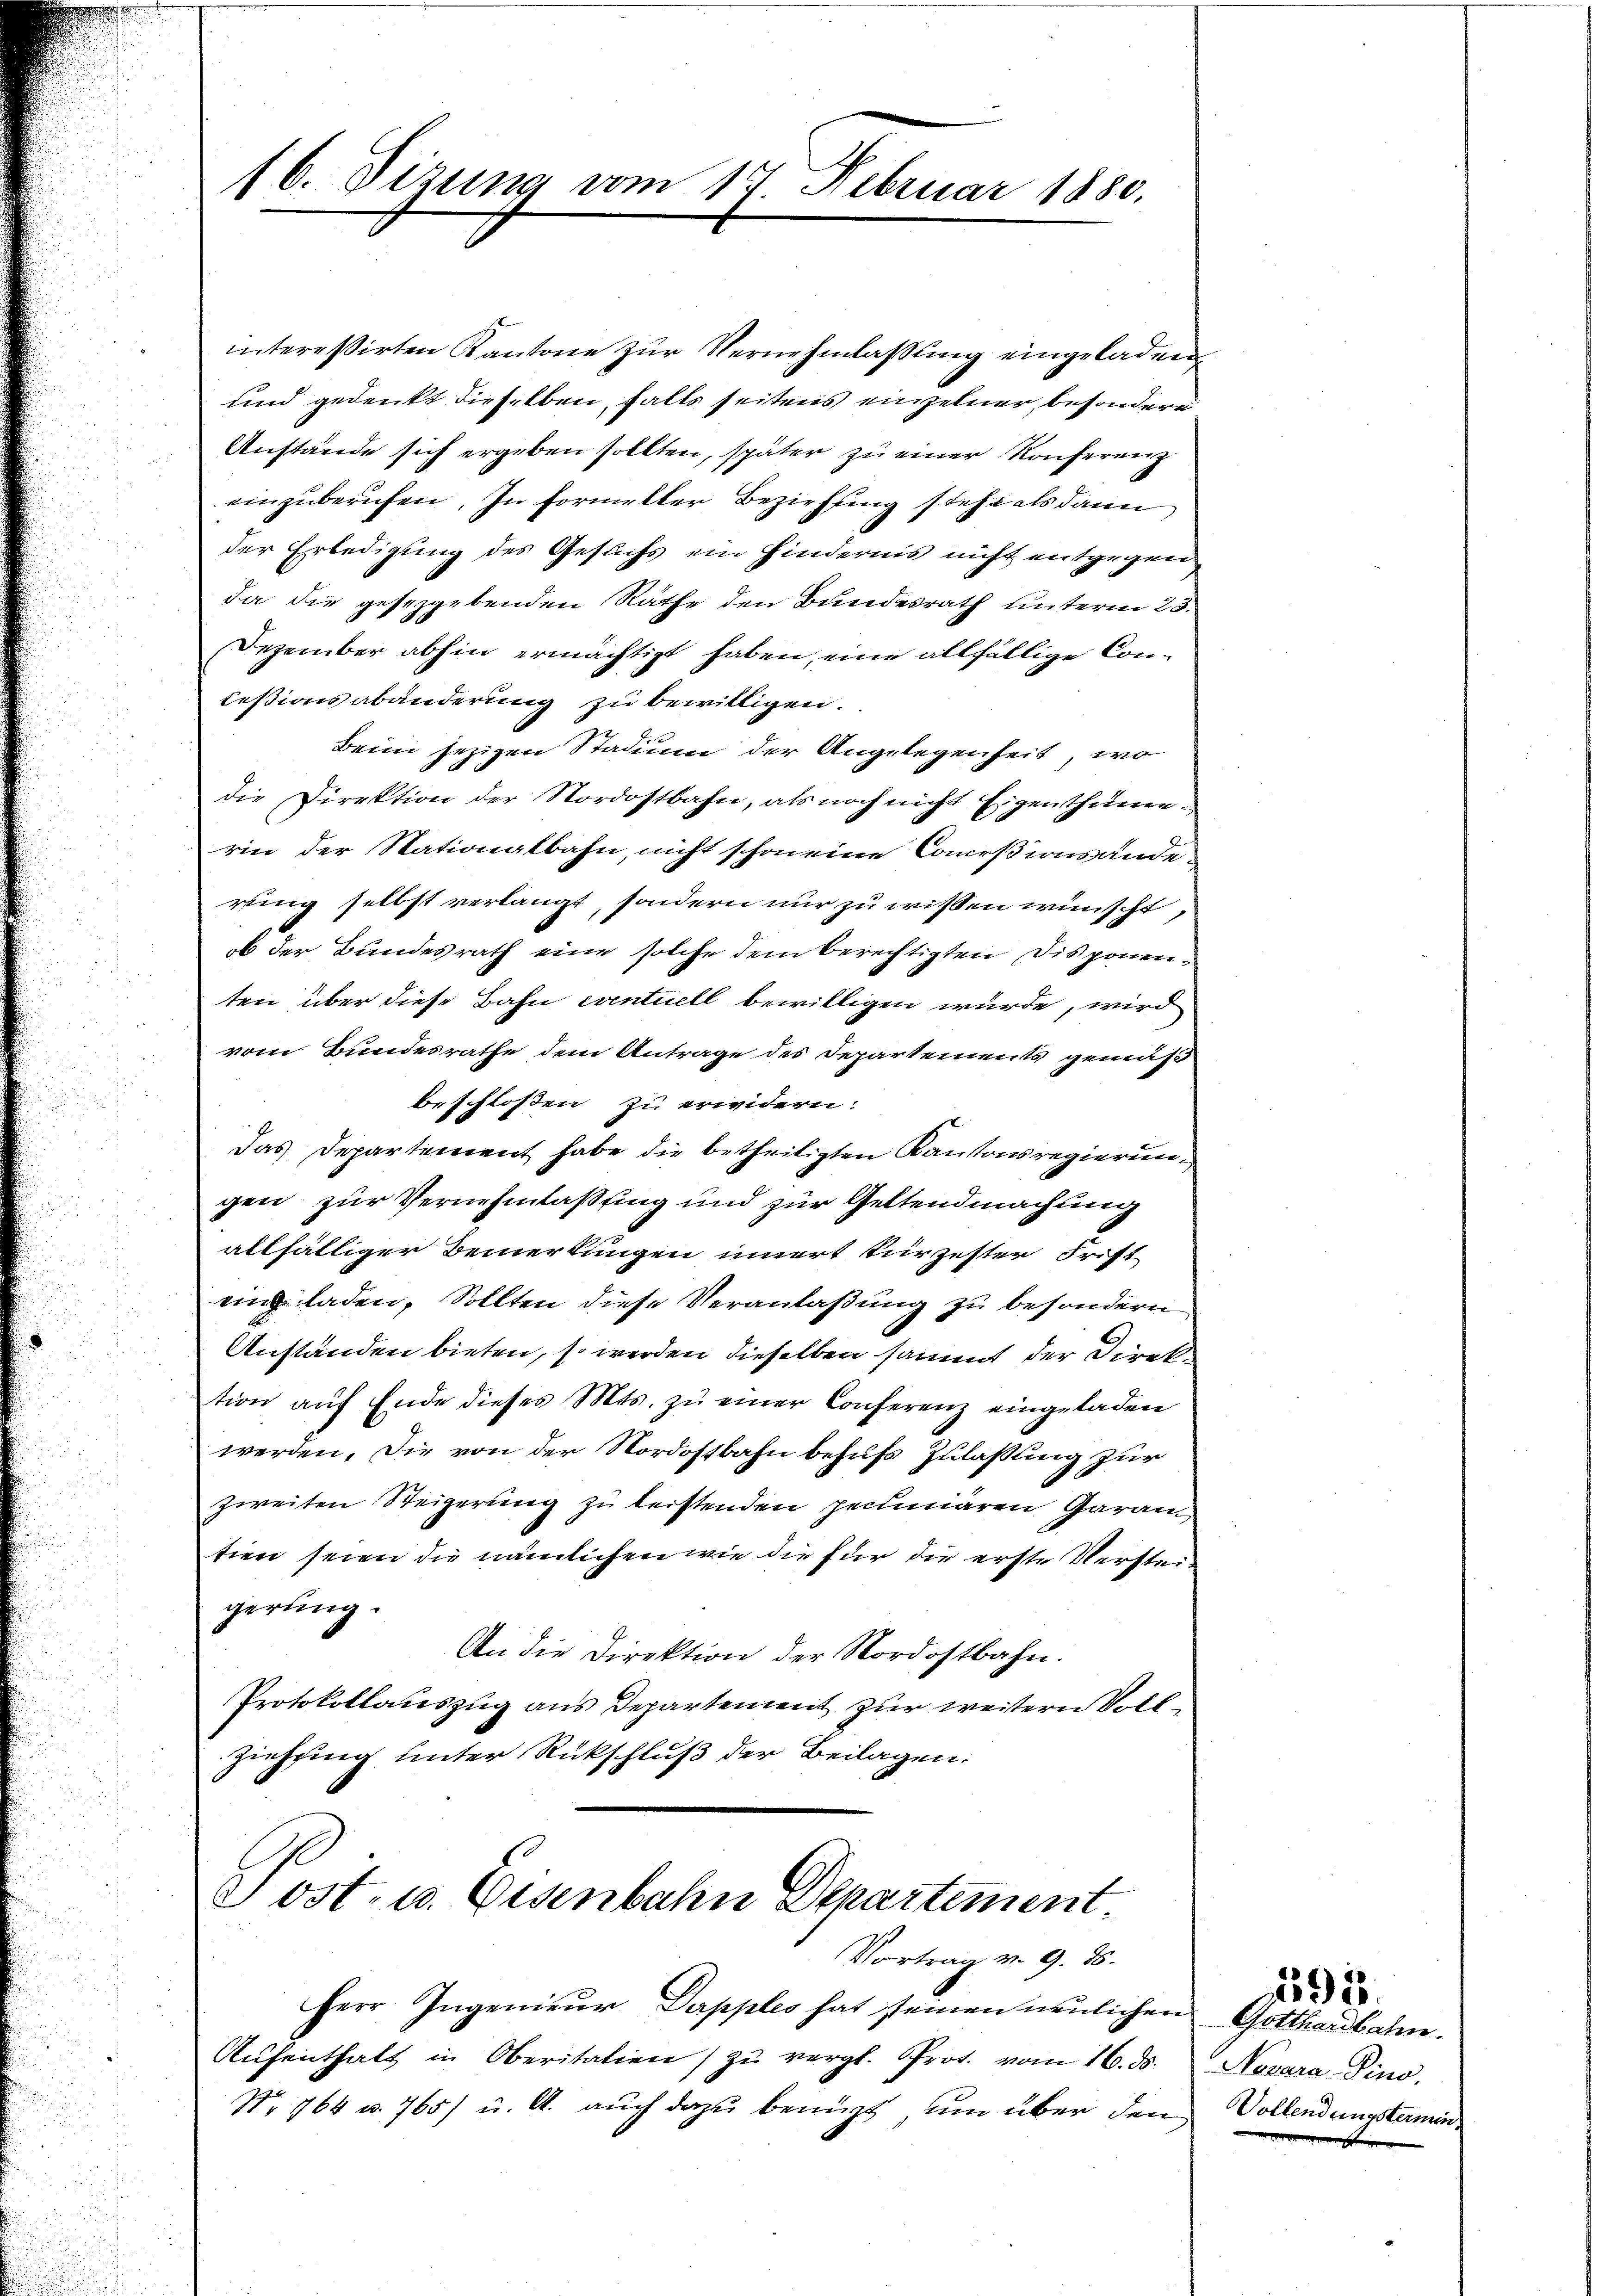
16. Sizung vom 17. Februar 1880.

interessirten Kantone zŭr Vernehmlassung eingeladen,
und gedenkt dieselben, falls seitens einzelner, besondere
Anstände sich ergeben sollten, später zu einer Konferenz
einzuberufen. In Formeller Bezirkung stehe als dann
der Erledigung des Gesuchs ein Hindernis nicht entgegen
da die gesezgebenden Räthe den Bundesrath unterm 25.
Dezember abhin ermächtigt haben, eine allfällige Concessionsabänderung zu bewilligen.
Beim jezigen Stadium der Angelegenheit, wo
die Direktion der Nordostbahn, als noch nicht Eigenthüme
rice der Stationalbahn, nicht schon eine Commißionsänderung selbst verlangt, sondern nur zu wissen wünscht,
ob der Bundesrath eine solche dem berechtigten Disponenten über diese Bahn eventuell bewilligen würde, wird
i
vom Bundesrathe dem Antrage des Departements gemäß
beschlossen zu erwidern.
Das Departement habe die betheiligten Kantonsregierungen zur Vernehmlassing und zur Geltendmachung
allfälliger Bemerkungen innert fürzester Frist
eingeladen, Sollten diese Veranlaßung zu besondern
Anständen bieten, so werden dieselben sammt der Direk
tion aŭf Ende dieses Mts. zŭ einer Conferenz eingeladen
werden. Die von der Nordostbahn behufs Zulaßung zur
zweiten Steigerung zu leistenden peciaren Garan
tien seien die nämlichen wie die für die erste Versteigerung.
An die Direktion der Nordostbahn.
Protokollauszug aus Departement zur weitern Voll¬
Ziehung unter Rückschluß der Beilagen.
Post- u. Eisenbahn Departement.
Vortrag v. 9. 16.
Herr Ingenieŭr Dapples hat seinen neulichen Gotthardbahn.
Aŭfenthalt in Oberitation zŭ vergl. Prot. vom 16. ds.
No 764 u. 765 u. A. auch dazu benuzt, um über den Vollendungskamin

Nezara Pino.

15920.